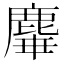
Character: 𪊩